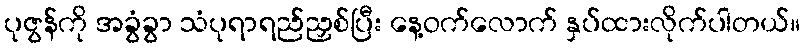
ပုဇွန်ကို အခွံခွာ သံပုရာရည်ညှစ်ပြီး နေ့ဝက်လောက် နှပ်ထားလိုက်ပါတယ်။